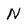
Character: N